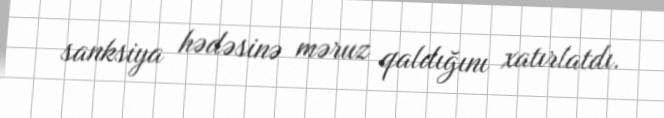
sanksiya hədəsinə məruz qaldığını xatırlatdı.